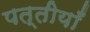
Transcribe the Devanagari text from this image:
पत्तीयाँ